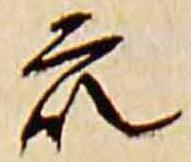
衆